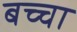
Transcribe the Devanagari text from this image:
बच्‍चा